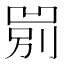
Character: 𱐐